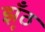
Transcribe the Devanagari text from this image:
झूँठ